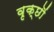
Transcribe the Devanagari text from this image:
वृक्छॊं